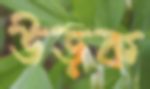
উড়ক